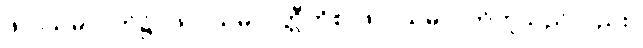
ဖလသမာပတ်၌။ ဖလသမာပတ္တီတိစ၊ ဖလသမာပတ်ဟူသည်လည်း။